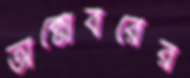
অক্টোবরের